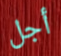
أجل